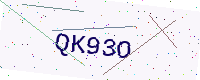
Text: QK93O